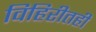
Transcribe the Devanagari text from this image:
विहिरीतही